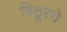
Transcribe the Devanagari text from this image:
बिठूरचे